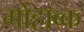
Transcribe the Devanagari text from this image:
मोहाव्क